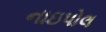
નાઇપોલ